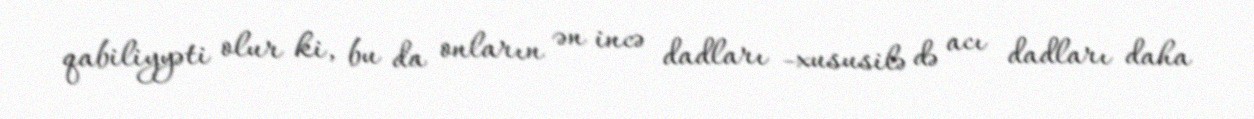
qabiliyyəti olur ki, bu da onların ən incə dadları -xususilə də acı dadları daha